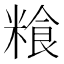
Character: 𮇯